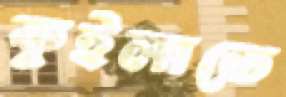
কুইলাতে